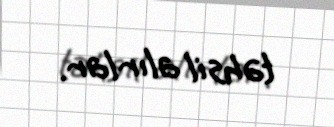
təhsil alırlar.